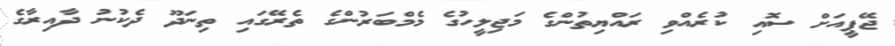
ޖޭޕީއަށް ސޮއި ކުރެއްވި ރައްޔިތުންގެ މަޖިލީހުގެ މެމްބަރުންގެ ތެރޭގައި ތިނަދޫ ދެކުނު ދާއިރާގެ